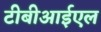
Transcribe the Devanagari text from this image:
टीबीआईएल